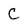
Character: C